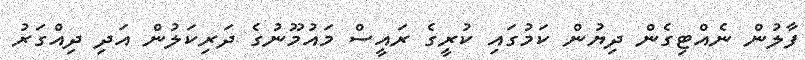
ފާލުން ނެއްޓިގެން ދިޔުން ކަމުގައި ކުރީގެ ރައީސް މައުމޫނުގެ ދަރިކަލުން އަދި ދިއްގަރު